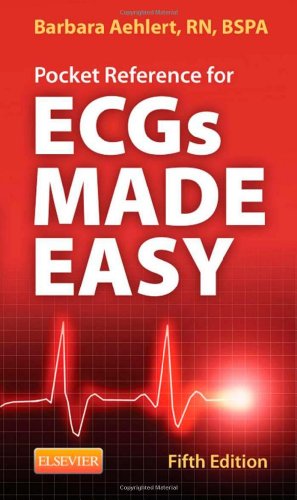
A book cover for Pocket Reference for ECGs Made Easy, 5e; Barbara J Aehlert RN  BSPA; Medical Books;